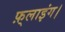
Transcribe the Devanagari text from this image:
फ़्लाइंग।